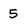
Character: 5